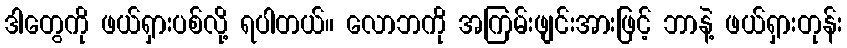
ဒါတွေကို ဖယ်ရှားပစ်လို့ ရပါတယ်။ လောဘကို အကြမ်းဖျင်းအားဖြင့် ဘာနဲ့ ဖယ်ရှားတုန်း